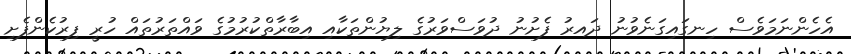
އެހެންނަމަވެސް ހިނގައިގަނެވުނު ދައރު ފެށުނު ދުވަސްވަރުގެ ލިޔުންތަކާއި އިބާރާތްކުރުމުގެ ވައްތަރުތައް ހުރީ ފިރުކެންފެށި